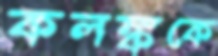
কলঙ্ককে